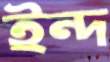
ইন্দ